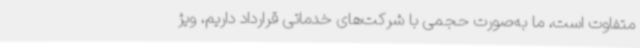
متفاوت است، ما به‌صورت حجمی با شرکت‌های خدماتی قرارداد داریم، ویژ